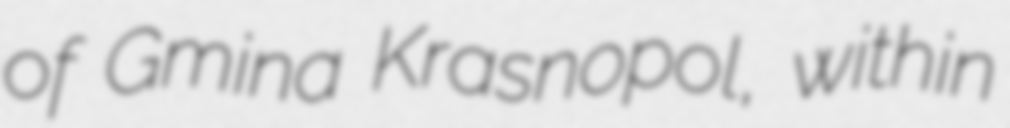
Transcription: of Gmina Krasnopol, within